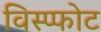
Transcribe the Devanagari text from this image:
विस्प्फोट